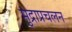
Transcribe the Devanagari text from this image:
मुद्राप्रचलन